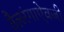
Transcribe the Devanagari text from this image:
तैलरंगाऐवजी